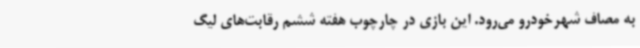
به مصاف شهرخودرو می‌رود. این بازی در چارچوب هفته ششم رقابت‌های لیگ